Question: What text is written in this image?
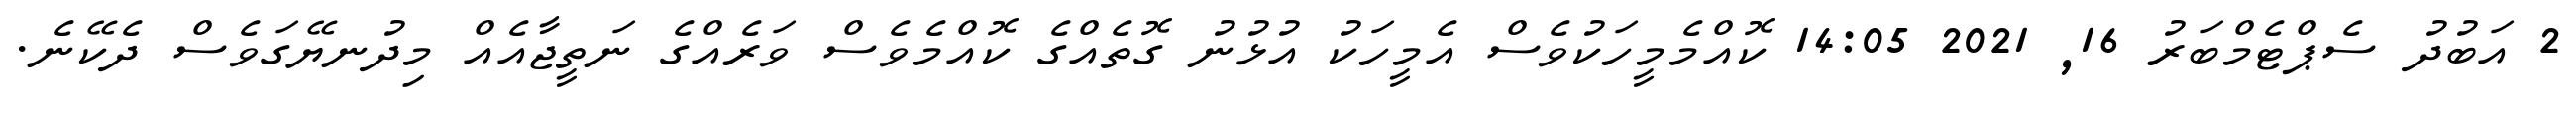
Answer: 2 އަބުދު ސެޕްޓެމްބަރު 16, 2021 14:05 ކޮއްމެމީހަކުވެސް އެމީހަކު އުޅުނު ގޮތެއްގެ ކޮއްމެވެސް ވަރެއްގެ ނަތީޖާއެއް މިދުނޔޭގަވެސް ދެކޭނެ.